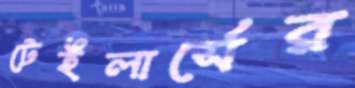
টেইলার্সের